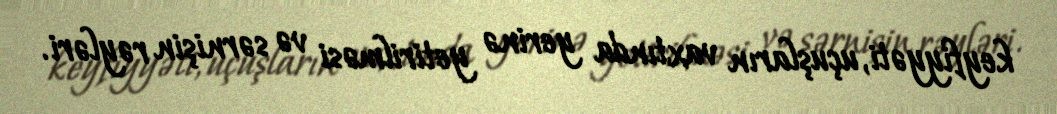
keyfiyyəti, uçuşların vaxtında yerinə yetirilməsi və sərnişin rəyləri.